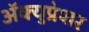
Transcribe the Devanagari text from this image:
ॲक्युप्रेशर